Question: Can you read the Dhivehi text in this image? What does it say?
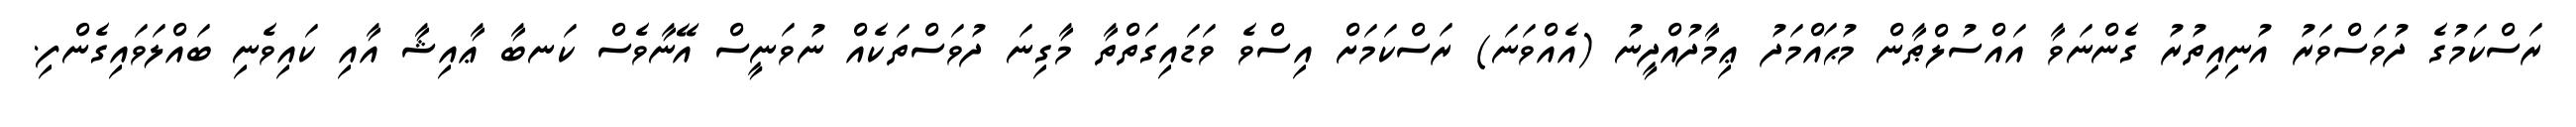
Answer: ރަސްކަމުގެ ދުވަސްވަރު އުނިއިތުރު ގެންނަވާ އައްސުލްޠާން މުޙައްމަދު ޢިމާދުއްދީނު (އެއްވަނަ) ރަސްކަމަށް އިސްވެ ވަޑައިގަތްތާ މާގިނަ ދުވަސްތަކެއް ނުވަނީސް އޭނާވެސް ކަނބާ ޢާއިޝާ އާއި ކައިވެނި ބައްލަވައިގެންފި.